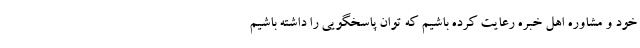
خود و مشاوره اهل خبره رعایت کرده باشیم که توان پاسخگویی را داشته باشیم